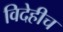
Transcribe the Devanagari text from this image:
विदेहीच